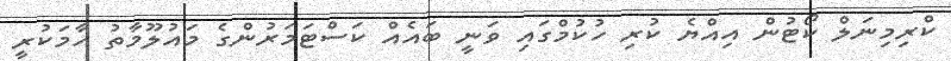
ކްރިމިނަލް ކޯޓުން އިއްޔެ ކުރި ހުކުމްގައި ވަނީ ބައެއް ކަސްޓަމަރުންގެ މައުލޫމާތު ހާމަކުރީ